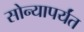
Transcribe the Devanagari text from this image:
सोन्यापर्यंत